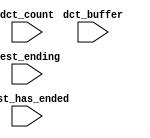
module cpu_oci_test_bench (
                            // inputs:
                             dct_buffer,
                             dct_count,
                             test_ending,
                             test_has_ended
                          )
;

  input   [ 29: 0] dct_buffer;
  input   [  3: 0] dct_count;
  input            test_ending;
  input            test_has_ended;


endmodule